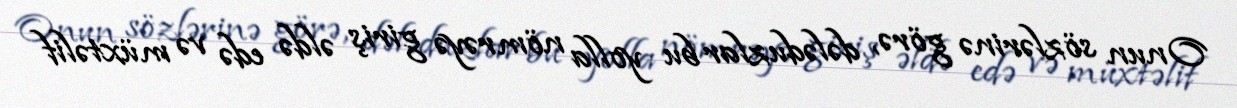
Onun sözlərinə görə, dələduzlar bu yolla nömrəyə giriş əldə edə və müxtəlif